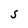
Character: S